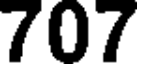
707